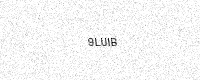
Text: 9LUIB